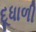
દૂધાળી